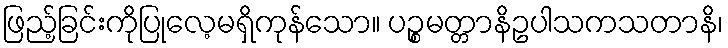
ဖြည့်ခြင်းကိုပြုလေ့မရှိကုန်သော။ ပဉ္စမတ္တာနိဥပါသကသတာနိ၊